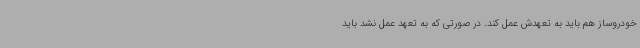
خودروساز هم باید به تعهدش عمل کند. در صورتی که به تعهد عمل نشد باید